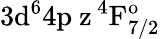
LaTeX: \mathrm{3d^{6}4p\ z\, ^{4}F_{7/2}^{o}}